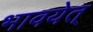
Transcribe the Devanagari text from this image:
भावयेत्‌